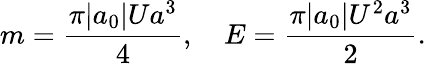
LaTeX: m=\frac{\pi|a_{0}|Ua^{3}}{4},\quad E=\frac{\pi|a_{0}|U^{2}a^{3}}{2}.